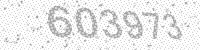
Solution: 603973